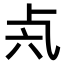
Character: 𠧝